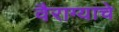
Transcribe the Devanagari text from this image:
वैराग्याचे